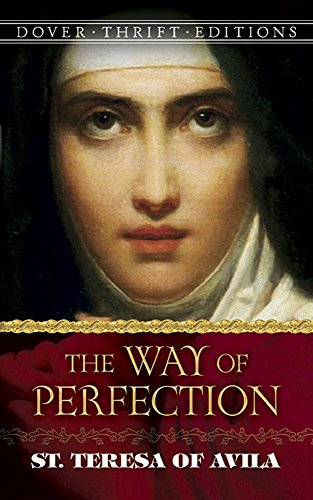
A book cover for The Way of Perfection (Dover Thrift Editions); St. Teresa of Avila; Politics & Social Sciences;